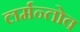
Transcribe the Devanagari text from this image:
लर्मन्तोव